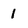
Character: 1